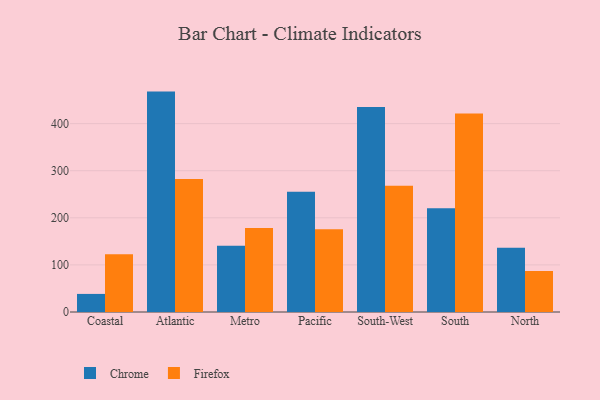
{"axis": {"x": "Region", "y": "Revenue (USD Million)"}, "legend": ["Chrome", "Firefox"], "data": [{"x": "Coastal", "y": 38.4, "type": "Chrome"}, {"x": "Coastal", "y": 122.4, "type": "Firefox"}, {"x": "Atlantic", "y": 468.0, "type": "Chrome"}, {"x": "Atlantic", "y": 282.5, "type": "Firefox"}, {"x": "Metro", "y": 140.6, "type": "Chrome"}, {"x": "Metro", "y": 178.4, "type": "Firefox"}, {"x": "Pacific", "y": 255.2, "type": "Chrome"}, {"x": "Pacific", "y": 175.9, "type": "Firefox"}, {"x": "South-West", "y": 435.5, "type": "Chrome"}, {"x": "South-West", "y": 268.2, "type": "Firefox"}, {"x": "South", "y": 220.2, "type": "Chrome"}, {"x": "South", "y": 421.4, "type": "Firefox"}, {"x": "North", "y": 136.2, "type": "Chrome"}, {"x": "North", "y": 87.3, "type": "Firefox"}]}